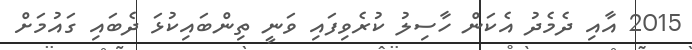
2015 އާއި ދެމެދު އެކަން ހާސިލު ކުރެވިފައި ވަނީ ތިންބައިކުޅަ ދެބައި ގައުމަށް